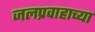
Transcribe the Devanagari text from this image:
जलप्रवाहाच्या